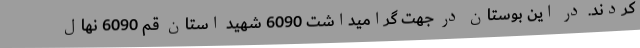
کردند. در این بوستان در جهت گرامیداشت 6090 شهید استان قم 6090 نهال